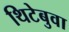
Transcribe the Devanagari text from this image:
थिटेबुवा